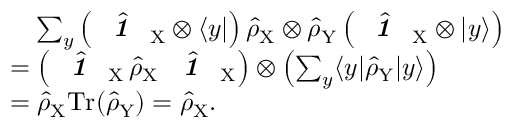
\begin{array} { r l } & { \quad \sum _ { y } \left( \hat { \textbf { \textit { 1 } } \, } _ { \! \mathrm { X } } \otimes \langle y | \right) \hat { \rho } _ { \mathrm { X } } \otimes \hat { \rho } _ { \mathrm { Y } } \left( \hat { \textbf { \textit { 1 } } \, } _ { \! \mathrm { X } } \otimes | y \rangle \right) } \\ & { = \left( \hat { \textbf { \textit { 1 } } \, } _ { \! \mathrm { X } } \, \hat { \rho } _ { \mathrm { X } } \, \hat { \textbf { \textit { 1 } } \, } _ { \! \mathrm { X } } \right) \otimes \left( \sum _ { y } \langle y | \hat { \rho } _ { \mathrm { Y } } | y \rangle \right) } \\ & { = \hat { \rho } _ { \mathrm { X } } \mathrm { T r } ( \hat { \rho } _ { \mathrm { Y } } ) = \hat { \rho } _ { \mathrm { X } } . } \end{array}